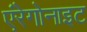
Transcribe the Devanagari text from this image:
एंरेगोनाइट